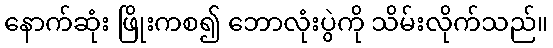
နောက်ဆုံး ဖြိုးကစ၍ ဘောလုံးပွဲကို သိမ်းလိုက်သည်။